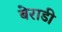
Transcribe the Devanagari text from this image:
बेराडी